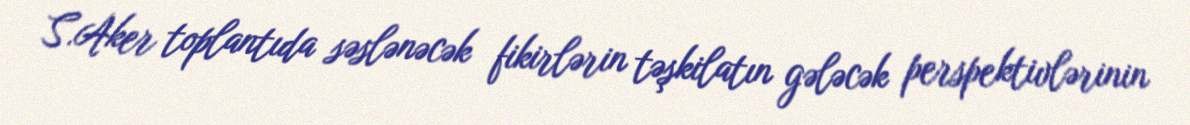
S.Aker toplantıda səslənəcək fikirlərin təşkilatın gələcək perspektivlərinin